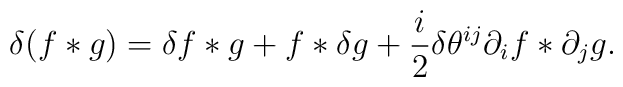
\delta(f\ast g)=\delta f\ast g+f\ast\delta g+\frac{i}{2}\delta\theta^{ij}\partial_{i}f\ast\partial_{j}g.